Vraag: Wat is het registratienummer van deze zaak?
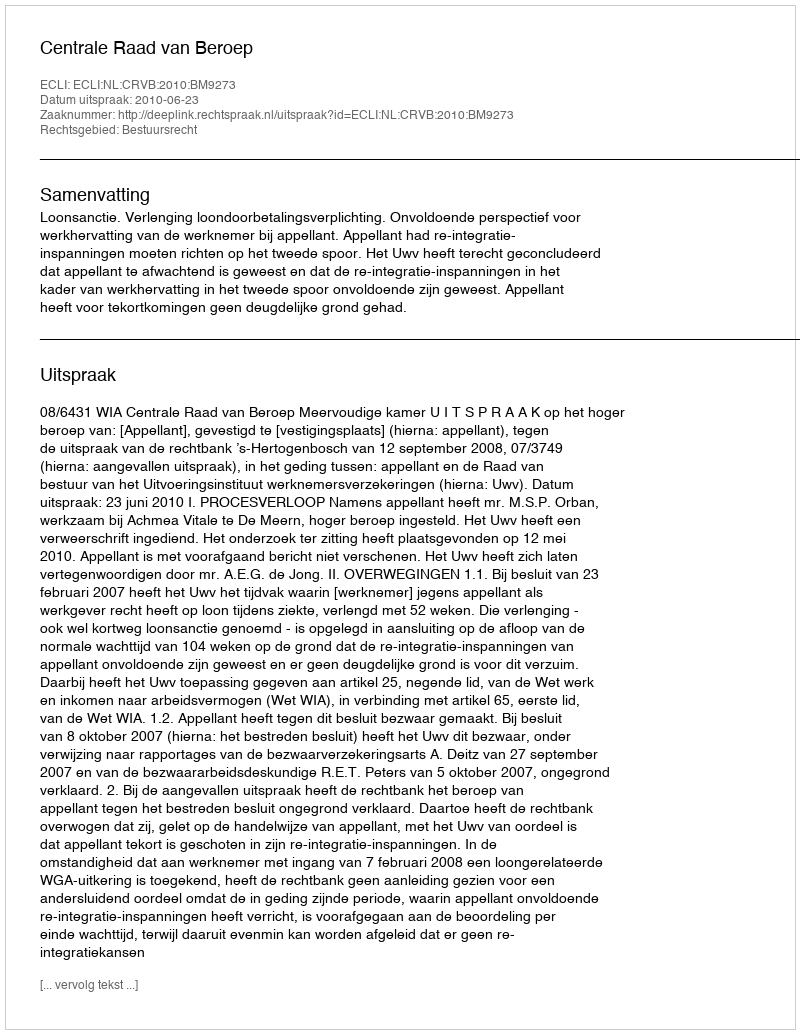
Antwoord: http://deeplink.rechtspraak.nl/uitspraak?id=ECLI:NL:CRVB:2010:BM9273